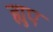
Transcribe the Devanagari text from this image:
ह्युए